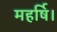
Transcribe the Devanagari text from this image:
महर्षि।